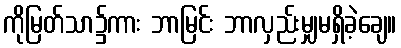
ကိုမြတ်သာ၌ကား ဘာမြင်း ဘာလှည်းမျှမရှိခဲ့ချေ။